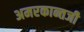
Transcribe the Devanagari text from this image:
अमरकान्तजी